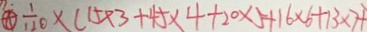
\textcircled { A } \frac { 1 } { 1 2 0 } \times ( 1 5 \times 3 + 4 5 \times 4 + 2 0 \times 5 + 1 6 \times 6 + 1 3 \times 7 +